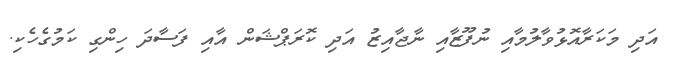
އަދި މަކަރާއޮޅުވާލުމާއި ނުފޫޒާއި ނާޖާއިޒު އަދި ކޮރަޕްޝަން އާއި ފަސާދަ ހިންގި ކަމުގެހެކި.